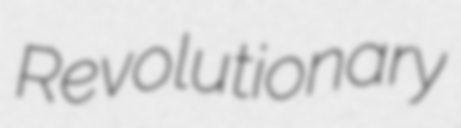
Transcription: Revolutionary